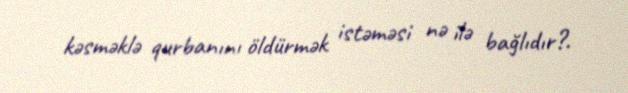
kəsməklə qurbanını öldürmək istəməsi nə ilə bağlıdır?.